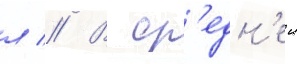
л // В ср'едн'еи